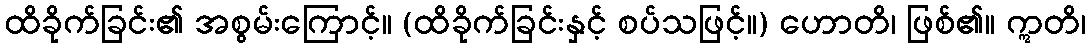
ထိခိုက်ခြင်း၏ အစွမ်းကြောင့်။ (ထိခိုက်ခြင်းနှင့် စပ်သဖြင့်။) ဟောတိ၊ ဖြစ်၏။ ဣတိ၊